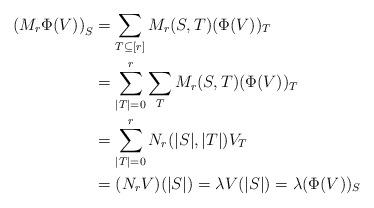
LaTeX: \begin{align*} \left ( M_r \Phi (V) \right )_S &= \sum_{T \subseteq [r]} M_r(S,T) (\Phi (V))_T\\ &=\sum_{|T|=0}^r \sum_{T} M_r(S,T) (\Phi (V))_T\\ &=\sum_{|T|=0}^r N_r(|S|,|T|)V_T\\ &= ( N_r V)(|S|) = \lambda V(|S|) = \lambda (\Phi (V))_S \end{align*}